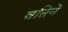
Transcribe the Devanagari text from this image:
वतिने